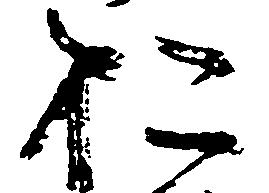
於